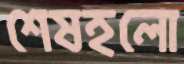
শেষহলো